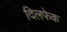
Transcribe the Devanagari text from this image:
दिलफेक